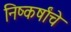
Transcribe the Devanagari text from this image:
निष्कर्षांचे